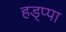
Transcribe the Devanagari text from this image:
हड्प्पा